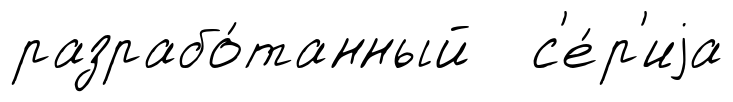
разрабо́танный с'е́р'иjа